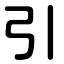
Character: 引